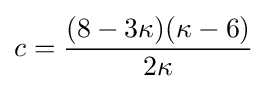
c={\frac {(8-3\kappa )(\kappa -6)}{2\kappa }}